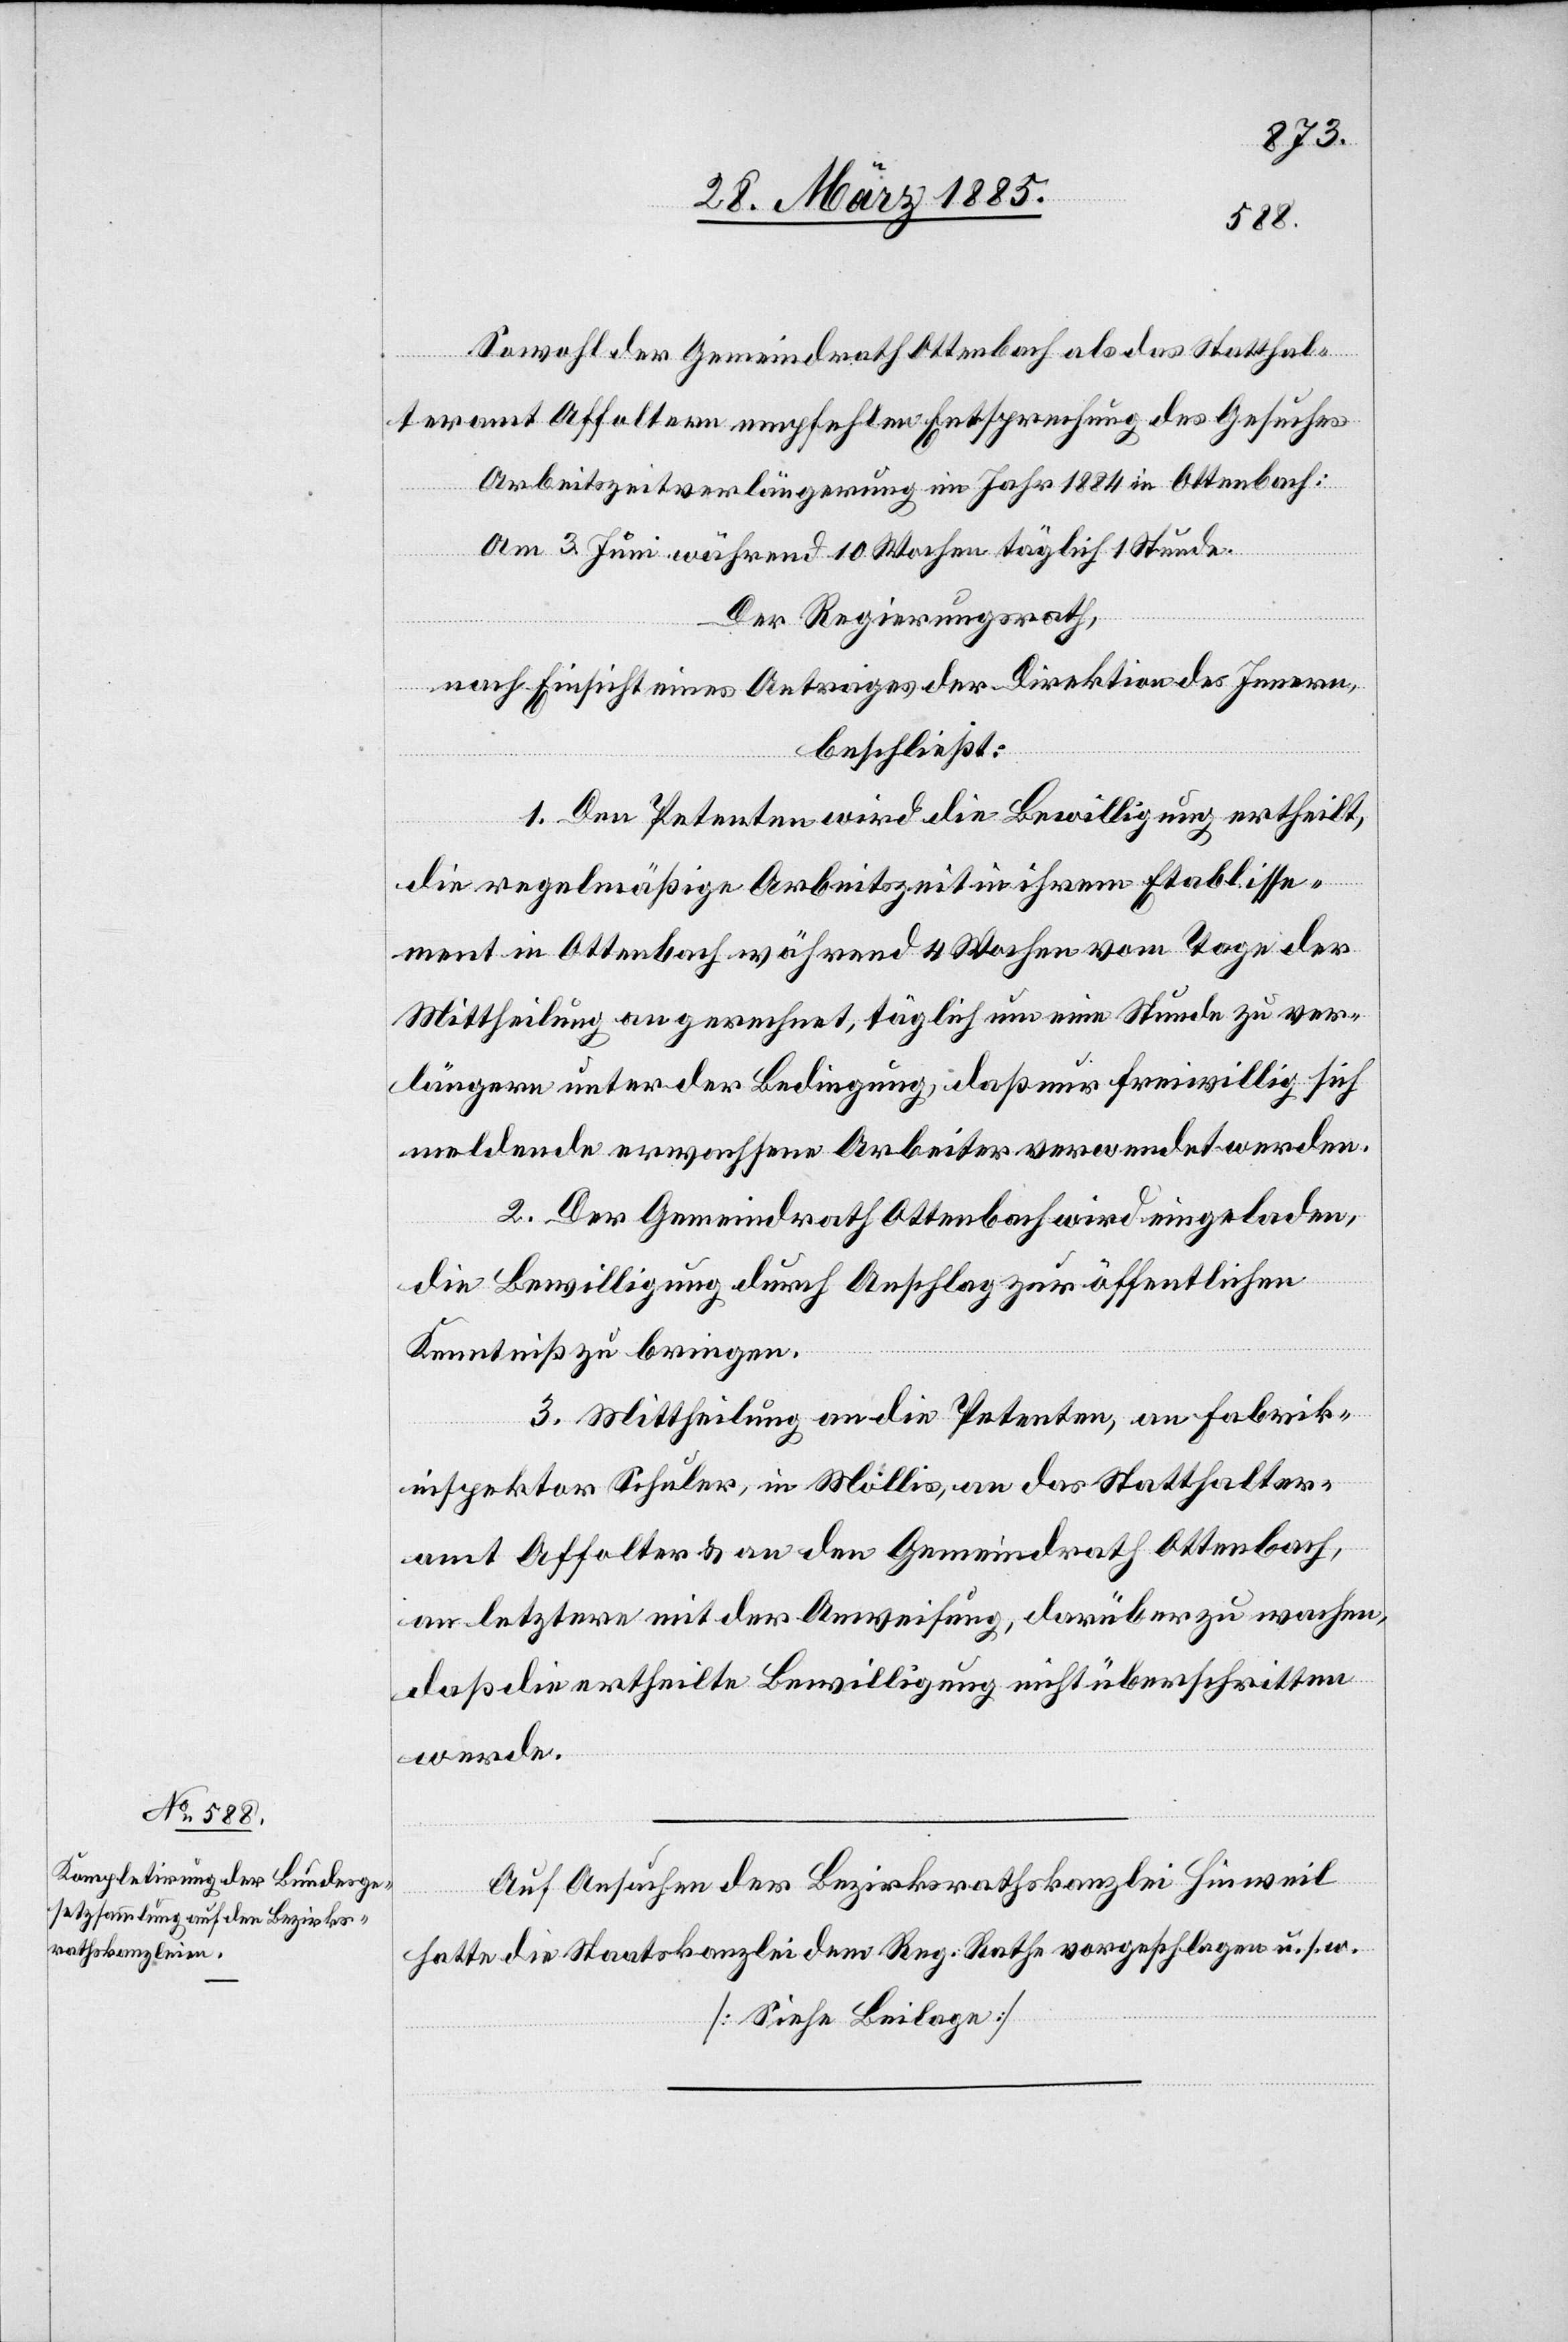
Sowohl der Gemeindrath Ottenbach als das Statthal¬
teramt Affoltern empfehlen Entsprechung des Gesuches.
Arbeitszeitverlängerung im Jahr 1884 in Ottenbach:
Am 3. Juni während 10 Wochen täglich 1 Stunde.
Der Regierungsrath,
nach Einsicht eines Antrages der Direktion des Innern,
beschließt:
1. Den Petenten wird die Bewilligung ertheilt,
die regelmäßige Arbeitszeit in ihrem Etablisse¬
ment in Ottenbach während 4 Wochen vom Tage der
Mittheilung an gerechnet, täglich um eine Stunde zu ver¬
längern unter der Bedingung, daß nur freiwillig sich
meldende erwachsene Arbeiter verwendet werden.
2. Der Gemeindrath Ottenbach wird eingeladen,
die Bewilligung durch Anschlag zur öffentlichen
Kenntniß zu bringen.
3. Mittheilung an die Petenten, an Fabrik¬
inspektor Schuler, in Mollis, an das Statthalter¬
amt Affolter[n] & an den Gemeindrath Ottenbach,
an letztere mit der Anweisung, darüber zu wachen,
daß die ertheilte Bewilligung nicht überschritten
werde.